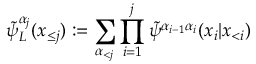
\tilde { \psi } _ { L } ^ { \alpha _ { j } } ( \boldsymbol x _ { \le j } ) : = \sum _ { \boldsymbol { \alpha } _ { < j } } \prod _ { i = 1 } ^ { j } \tilde { \psi } ^ { \alpha _ { i - 1 } \alpha _ { i } } ( x _ { i } | \boldsymbol x _ { < i } )